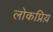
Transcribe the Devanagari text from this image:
लोकप्रिय़